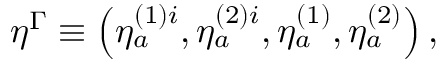
\eta ^ { \Gamma } \equiv \left( \eta _ { a } ^ { ( 1 ) i } , \eta _ { a } ^ { ( 2 ) i } , \eta _ { a } ^ { ( 1 ) } , \eta _ { a } ^ { ( 2 ) } \right) ,